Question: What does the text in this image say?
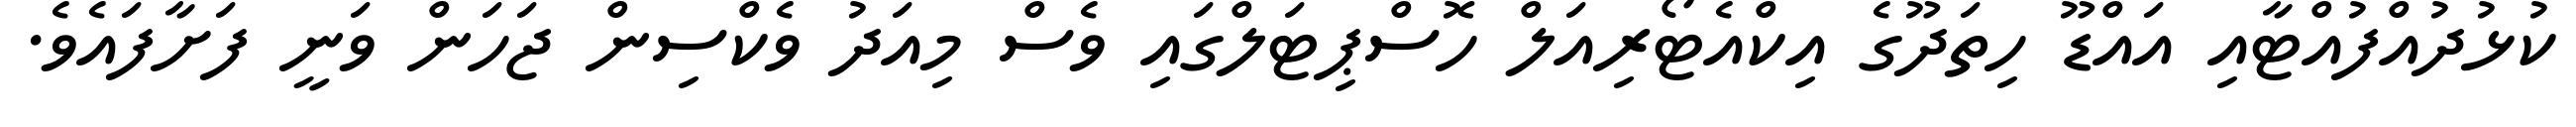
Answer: ކުޅުދުއްފުއްޓާއި އައްޑޫ ހިތަދޫގެ އިކްއެޓޯރިއަލް ހޮސްޕިޓަލްގައި ވެސް މިއަދު ވެކްސިން ޖަހަން ވަނީ ފަށާފައެވެ.